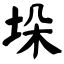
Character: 垛